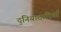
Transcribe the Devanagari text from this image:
दुनियादारियाँ